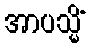
အာပသ္မိံ